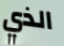
الذي